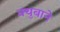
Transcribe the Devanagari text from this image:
क्युबाने